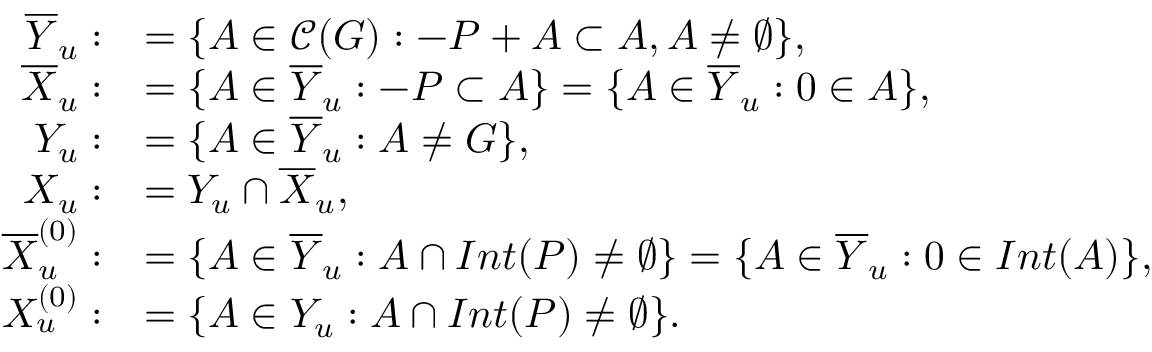
\begin{array} { r l } { \overline { { Y } } _ { u } : } & { = \{ A \in \mathcal { C } ( G ) : - P + A \subset A , A \neq \emptyset \} , } \\ { \overline { { X } } _ { u } : } & { = \{ A \in \overline { { Y } } _ { u } : - P \subset A \} = \{ A \in \overline { { Y } } _ { u } : 0 \in A \} , } \\ { Y _ { u } : } & { = \{ A \in \overline { { Y } } _ { u } : A \neq G \} , } \\ { X _ { u } : } & { = Y _ { u } \cap \overline { { X } } _ { u } , } \\ { \overline { { X } } _ { u } ^ { ( 0 ) } : } & { = \{ A \in \overline { { Y } } _ { u } : A \cap I n t ( P ) \neq \emptyset \} = \{ A \in \overline { { Y } } _ { u } : 0 \in I n t ( A ) \} , } \\ { X _ { u } ^ { ( 0 ) } : } & { = \{ A \in Y _ { u } : A \cap I n t ( P ) \neq \emptyset \} . } \end{array}